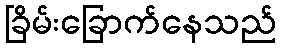
ခြိမ်းခြောက်နေသည်